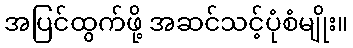
အပြင်ထွက်ဖို့ အဆင်သင့်ပုံစံမျိုး။